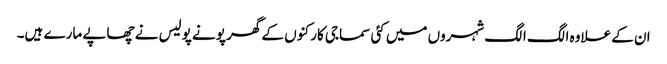
ان کے علاوہ الگ الگ شہروں میں کئی سماجی کارکنوں کے گھر پونے پولیس نے چھاپے مارے ہیں۔